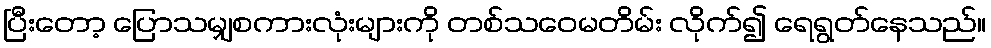
ပြီးတော့ ပြောသမျှစကားလုံးများကို တစ်သဝေမတိမ်း လိုက်၍ ရေရွတ်နေသည်။